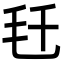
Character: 𬆼